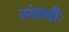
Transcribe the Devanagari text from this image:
संवादीः